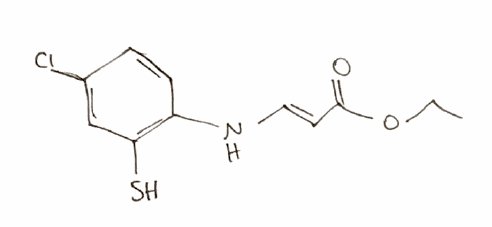
Simplified molecular-input line-entry system (SMILES) notation of the given molecule:
CCOC(=O)/C=C/NC1=C(C=C(C=C1)Cl)S